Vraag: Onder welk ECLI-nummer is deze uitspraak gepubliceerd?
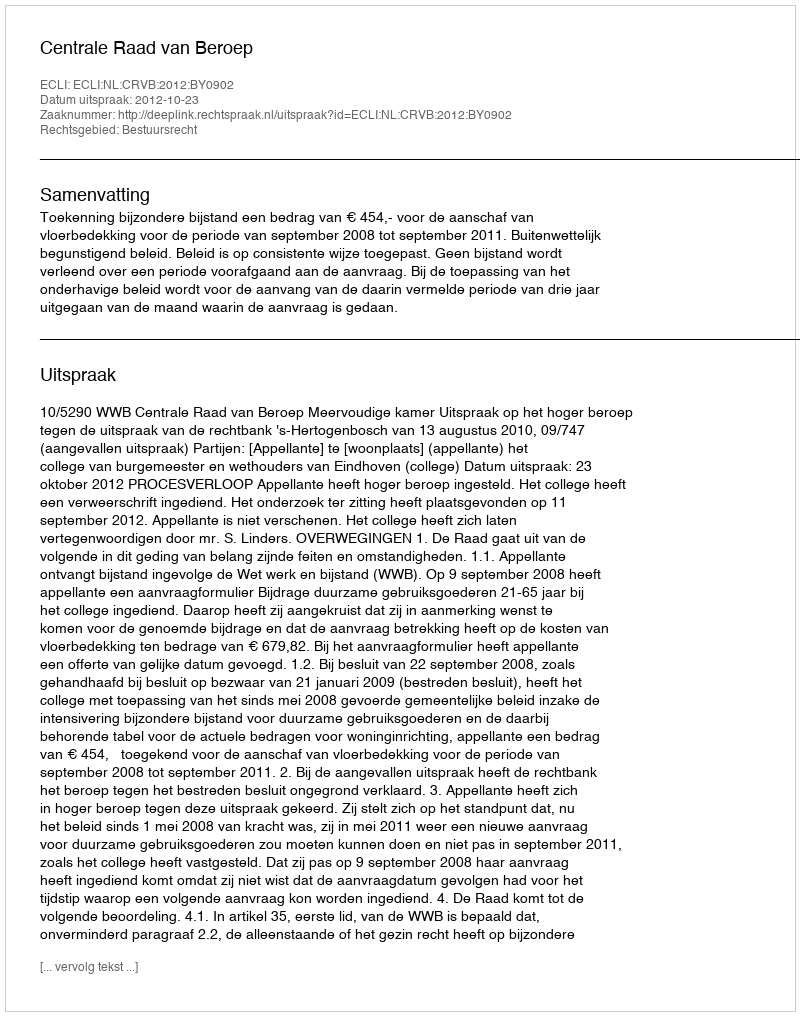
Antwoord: ECLI:NL:CRVB:2012:BY0902